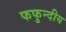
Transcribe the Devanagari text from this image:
फफुन्दीय